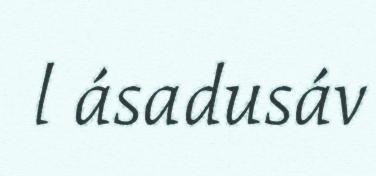
l ásadusáv